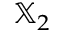
{ \mathbb X } _ { 2 }